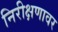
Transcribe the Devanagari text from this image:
निरीक्षणावर